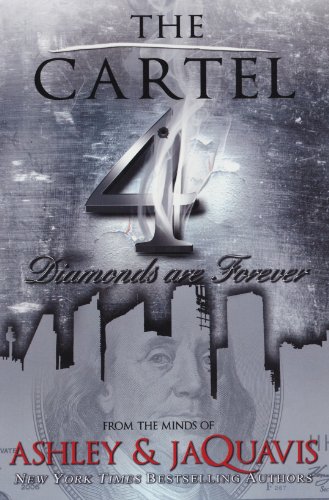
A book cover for The Cartel 4 (Urban Books); Ashley and JaQuavis; Literature & Fiction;